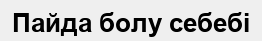
Пайда болу себебі